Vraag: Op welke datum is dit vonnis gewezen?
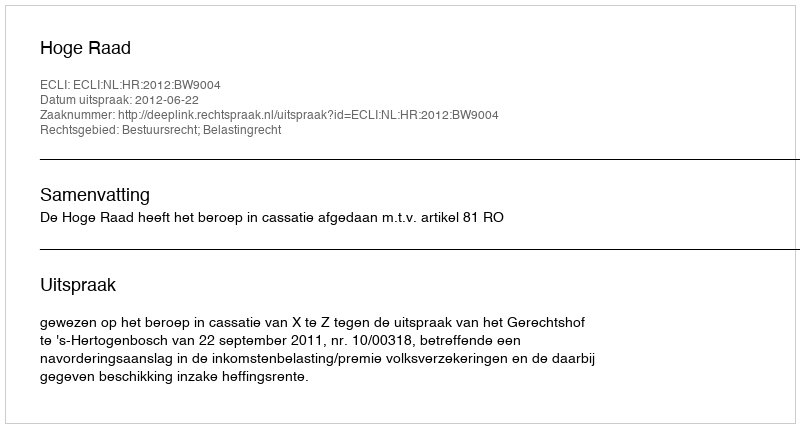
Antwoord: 2012-06-22